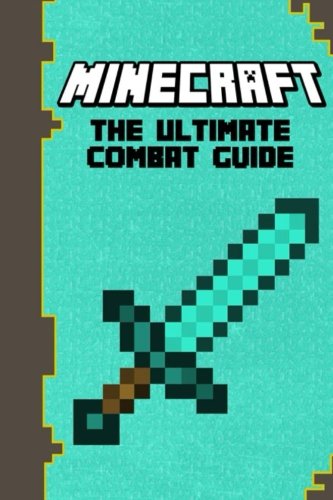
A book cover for Minecraft: The Ultimate Combat Guide: (Minecraft Secrets, Minecraft Books) (The Ultimate Minecraft Guide Series) (Volume 2); A. Isaac; Humor & Entertainment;